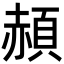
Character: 頳